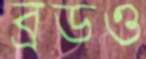
ব্রডও